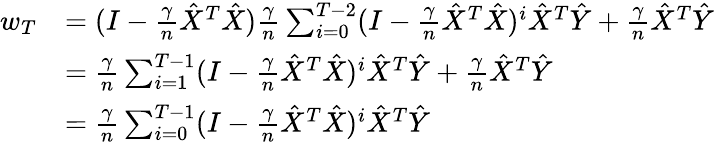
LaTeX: {\begin{array}{rl}{w_{T}}&{=(I-{\frac{\gamma}{n}}{\hat{X}}^{T}{\hat{X}}){\frac{\gamma}{n}}\sum_{i=0}^{T-2}(I-{\frac{\gamma}{n}}{\hat{X}}^{T}{\hat{X}})^{i}{\hat{X}}^{T}{\hat{Y}}+{\frac{\gamma}{n}}{\hat{X}}^{T}{\hat{Y}}}\\ &{={\frac{\gamma}{n}}\sum_{i=1}^{T-1}(I-{\frac{\gamma}{n}}{\hat{X}}^{T}{\hat{X}})^{i}{\hat{X}}^{T}{\hat{Y}}+{\frac{\gamma}{n}}{\hat{X}}^{T}{\hat{Y}}}\\ &{={\frac{\gamma}{n}}\sum_{i=0}^{T-1}(I-{\frac{\gamma}{n}}{\hat{X}}^{T}{\hat{X}})^{i}{\hat{X}}^{T}{\hat{Y}}}\end{array}}